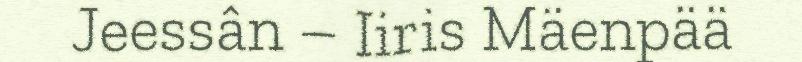
Jeessân – Iiris Mäenpää